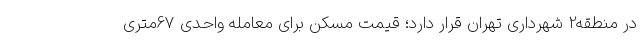
در منطقه2 شهرداری تهران قرار دارد؛ قیمت مسکن برای معامله واحدی 67متری